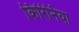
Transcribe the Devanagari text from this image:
किरिनिया